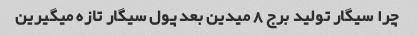
چرا سیگار تولید برج ٨ میدین بعد پول سیگار تازه میگیرین